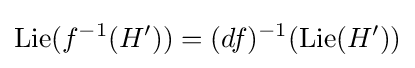
\operatorname {Lie} (f^{-1}(H'))=(df)^{-1}(\operatorname {Lie} (H'))